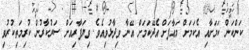
ކަންކަން ކަމަށާއި އެކަމަށް މަޢާފަށް އެދޭކަމަށް އޭނާ ވިދާޅުވިއެވެ. ވިޔަފާރިއަށް ސަރުކާރުން ކުރިމަތިކުރުވި